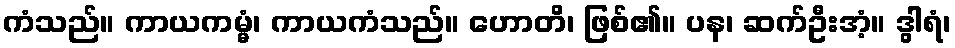
ကံသည်။ ကာယကမ္မံ၊ ကာယကံသည်။ ဟောတိ၊ ဖြစ်၏။ ပန၊ ဆက်ဦးအံ့။ ဒွါရံ၊